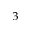
^ 3